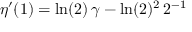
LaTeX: \eta ^ { \prime } ( 1 ) = \ln ( 2 ) \, \gamma - \ln ( 2 ) ^ { 2 } \, 2 ^ { - 1 }